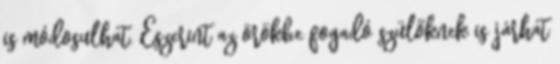
is módosulhat. Eszerint az örökbe fogadó szülőknek is járhat